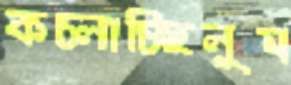
কচ্‌লাচ্ছিলুম